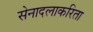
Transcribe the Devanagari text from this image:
सेनादलाकरिता